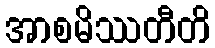
အာစမိဿတီတိ